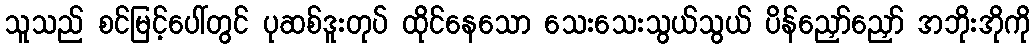
သူသည် စင်မြင့်ပေါ်တွင် ပုဆစ်ဒူးတုပ် ထိုင်နေသော သေးသေးသွယ်သွယ် ပိန်ညှော်ညှော် အဘိုးအိုကို